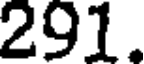
291.